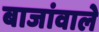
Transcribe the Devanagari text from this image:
बाजांवाले